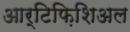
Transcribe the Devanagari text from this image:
आर्टिफ़िशिअल